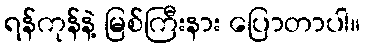
ရန်ကုန်နဲ့ မြစ်ကြီးနား ပြောတာပါ။